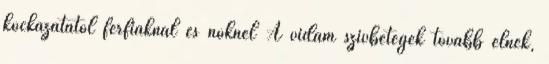
kockázatától férfiaknál és nőknél A vidám szívbetegek tovább élnek,